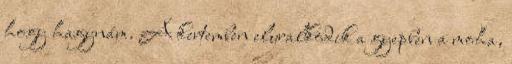
hogy hagynám. A kertemben eluralkodik a gyepben a moha,